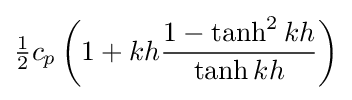
{\tfrac {1}{2}}c_{p}\left(1+kh{\frac {1-\tanh ^{2}kh}{\tanh kh}}\right)